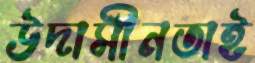
উদাসীনতাই